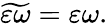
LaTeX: \widetilde{\varepsilon\omega}=\varepsilon\omega.